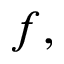
f ,